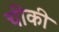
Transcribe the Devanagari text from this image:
चीकी